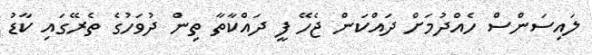
ލައިސަންސް ހެއްދުމަށް ދައްކަން ޖެހޭ ފީ ދައްކާތާ ތިން ދުވަހުގެ ތެރޭގައި ކާޑު